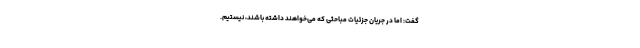
گفت: اما در جریان جزئیات مباحثی که می‌خواهند داشته باشند، نیستیم.